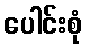
ပေါင်းစုံ